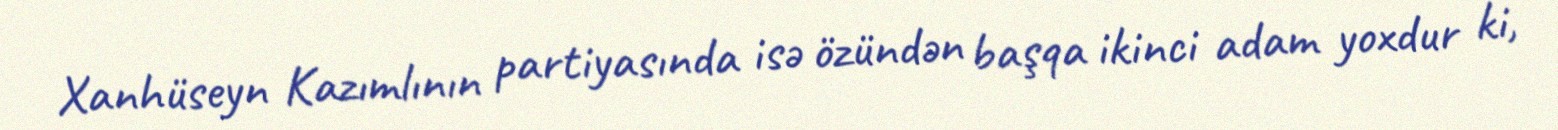
Xanhüseyn Kazımlının partiyasında isə özündən başqa ikinci adam yoxdur ki,